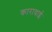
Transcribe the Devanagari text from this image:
कारावाई